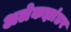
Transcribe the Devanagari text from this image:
अलेकझांडर